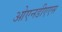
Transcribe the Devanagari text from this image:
ओएनडीएएस